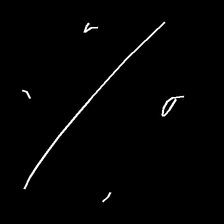
Glyph: cool